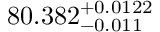
8 0 . 3 8 2 _ { - 0 . 0 1 1 } ^ { + 0 . 0 1 2 2 }